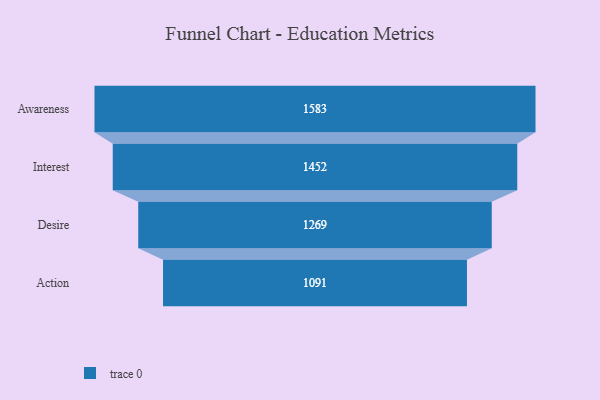
{"axis": {"x": "Stage", "y": "Value"}, "legend": [""], "data": [{"x": "Awareness", "y": 1583.0, "type": ""}, {"x": "Interest", "y": 1452.0, "type": ""}, {"x": "Desire", "y": 1269.0, "type": ""}, {"x": "Action", "y": 1091.0, "type": ""}]}